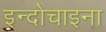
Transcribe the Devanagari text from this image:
इन्दोचाइना